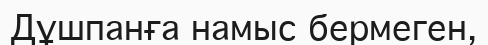
Дұшпанға намыс бермеген,